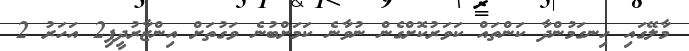
މާލޭގައި ހިނގަމުންދާ ކަންތައް ކަވަރުކޮށްގެން ނުވާނެ ކަމަށްބުނެ ވަގުތަށް އިންޒާރުދީފި2 އަހަރު 2